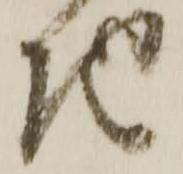
地